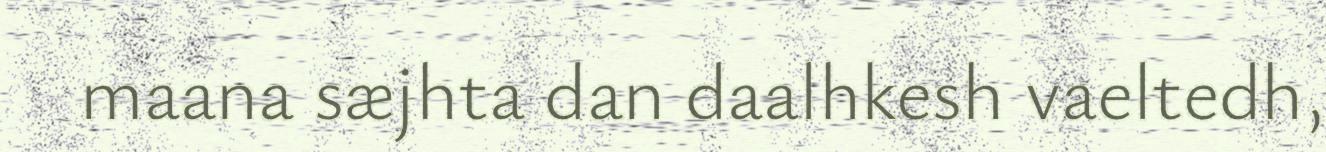
maana sæjhta dan daalhkesh vaeltedh,